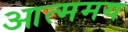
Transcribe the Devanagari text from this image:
आत्ममय